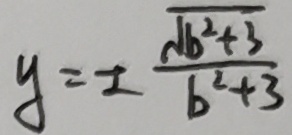
y = \pm \frac { \sqrt { b ^ { 2 } + 3 } } { b ^ { 2 } + 3 }